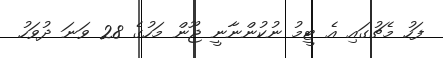
ފަހު މެޗުގައި އެ ޓީމު ނުކުންނާނީ ޖޫން މަހުގެ 28 ވަނަ ދުވަހު